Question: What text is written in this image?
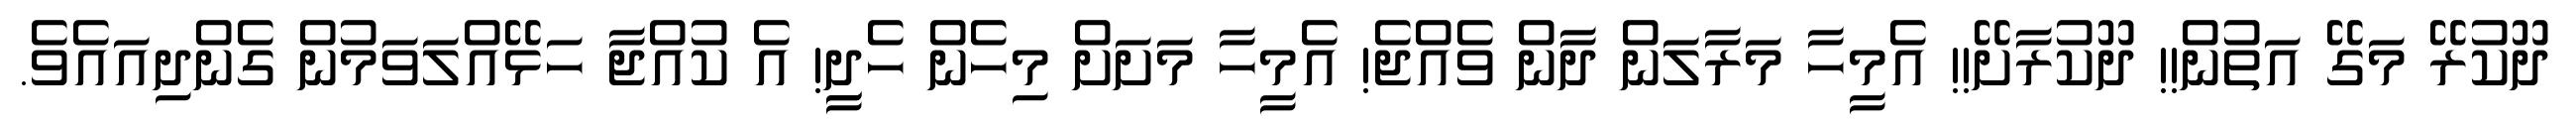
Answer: ދޫކުރޭ މަގޭ އަތުން!! ދޫކުރާށޭ!! އެމީހާ މަރާލަން ދާން ވެއްޖެ! އެމީހާ މަށަށް މިހެން ހެދިީ! އެ ކުއްޖާ ހަޅޭއްލަވަމުން ގެންދިއައެވެ.